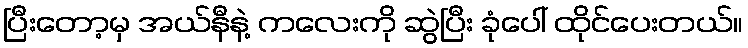
ပြီးတော့မှ အယ်နီနဲ့ ကလေးကို ဆွဲပြီး ခုံပေါ် ထိုင်ပေးတယ်။